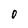
Character: O